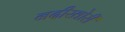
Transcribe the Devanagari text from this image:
नदीखोरी